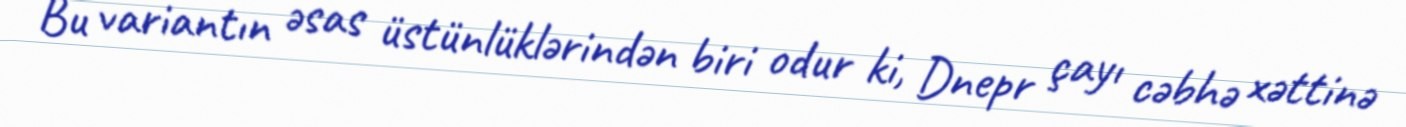
Bu variantın əsas üstünlüklərindən biri odur ki, Dnepr çayı cəbhə xəttinə